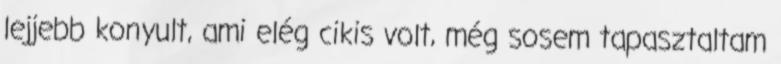
lejjebb konyult, ami elég cikis volt, még sosem tapasztaltam